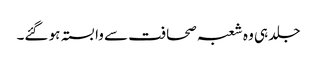
جلد ہی وہ شعبہ صحافت سے وابستہ ہو گئے۔